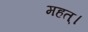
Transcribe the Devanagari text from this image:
महत्।